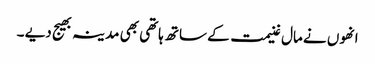
انھوں نے مال غنیمت کے ساتھ ہاتھی بھی مدینہ بھیج دیے ۔